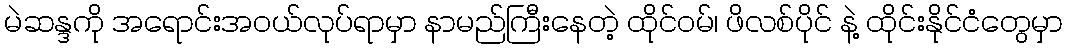
မဲဆန္ဒကို အရောင်းအဝယ်လုပ်ရာမှာ နာမည်ကြီးနေတဲ့ ထိုင်ဝမ်၊ ဖိလစ်ပိုင် နဲ့ ထိုင်းနိုင်ငံတွေမှာ